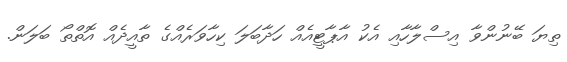
ތިޔަ ބޭނުންވާ އިސްލާހާއި އެކު އާޕާޓީއެއް ހަދާބަލަ ކިހާވަރެއްގެ ތާއީދެއް އޮތްތޯ ބަލަން.